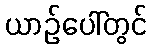
ယာဉ်ပေါ်တွင်